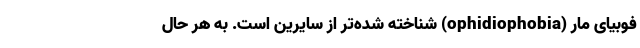
فوبیای مار (ophidiophobia) شناخته شده‌‌تر از سایرین است. به هر حال